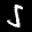
Label: 5